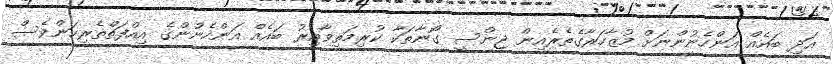
އަދި ބައެއް އަންހެނުންނަށް މުޒާހަރާގެތެރެއިން ޖިންސީ ގޯނާތަކާ ކުރިމަތިވާއިރު ބައެެއް އަންހެނުންގެ އިއްފަތްތެރިކަންވެސް